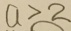
a > 2